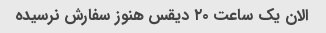
الان یک ساعت ۲۰ دیقس هنوز سفارش نرسیده